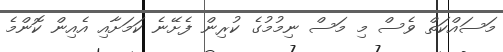
މަސައްކަތް ވެސް މި މަސް ނިމުމުގެ ކުރިން ފެށޭނެ ކަމަށާއި އެއިން ކޮންމެ